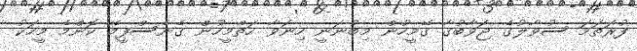
ފުރަތަމަ ސުވާލުގެ ޖަވާބުގާ ގޭމީހުން މިބުނަނީ ހިނަވާ ހަތްމީހުން ގެނެސްފީމޭ ކޮންމެ މީހަކު